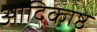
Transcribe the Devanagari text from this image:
आदिकाष्ठ